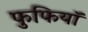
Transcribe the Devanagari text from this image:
फुफियाॅ